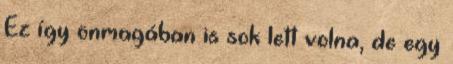
Ez így önmagában is sok lett volna, de egy